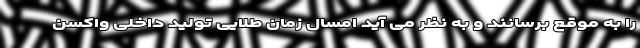
را به موقع برسانند و به نظر می آید امسال زمان طلایی تولید داخلی واکسن